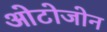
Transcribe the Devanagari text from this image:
ओटोजोन